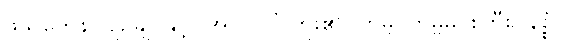
ဖသကေန၊ ပျဉ်ချပ်နှင့်။ အပလဝိံ၊ ကူး၏။ တမ္ဗ၊ တမ္ဗမင်းကြီး။ နိစ္စံ၊